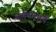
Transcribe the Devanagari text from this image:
वर्णमालायें